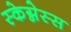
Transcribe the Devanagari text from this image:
स्केग्नेस्स